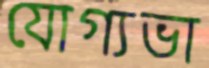
যোগ্যভা